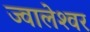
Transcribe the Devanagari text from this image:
ज्‍वालेश्‍वर